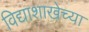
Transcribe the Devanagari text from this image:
विद्याशाखेच्या